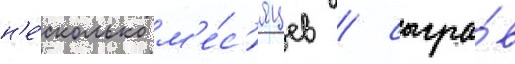
н'е́сколько м'е́с'яцев / сыгра́в